Medical and sanitary report of the native army of Madras for the year
Year: 1878
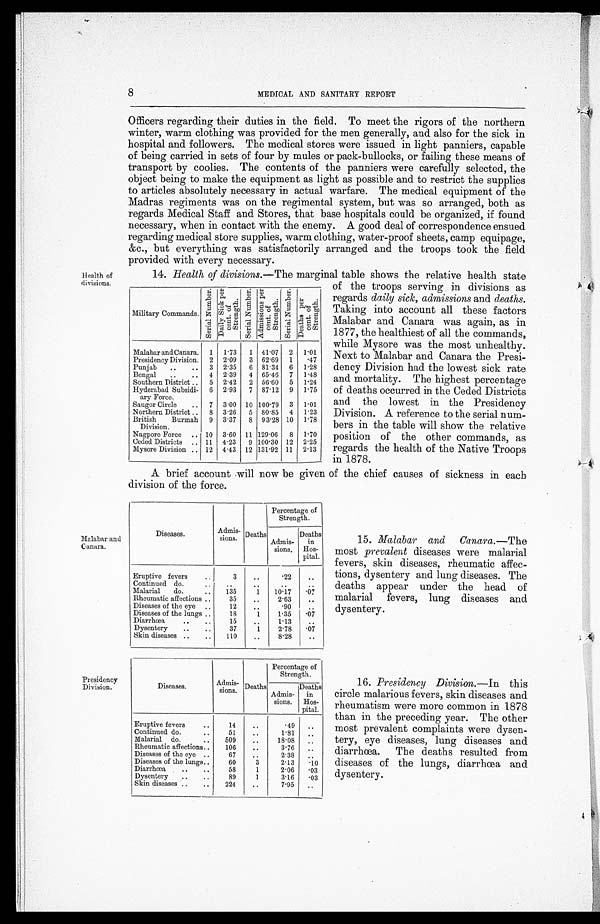
8
MEDICAL AND SANITARY REPORT
i4
O Officers regarding their duties in the field. To meet the rigors of the northern
winter, warm clothing was provided for the men generally, and also for the sick in
hospital and followers. The medical stores were issued in light panniers, capable
of being carried in sets of four by mules or pack-bullocks, or failing these means of
transport by coolies. The contents of the panniers were carefully selected, the
object being to make the equipment as light as possible and to restrict the supplies
to articles absolutely necessary in actual warfare. The medical equipment of the
Madras regiments was on the regimental system, but was so arranged, both as
regards Medical Staff and Stores, that base hospitals could be organized, if found
necessary, when in contact with the enemy. A good deal of correspondence ensued
regarding medical store supplies, warm clothing, water-proof sheets, camp equipage,
&c., but everything was satisfactorily arranged and the troops took the field
provided with every necessary.
14. Health of divisions.—The marginal table shows the relative health state
of the troops serving in divisions as
regards daily sick, admissions and deaths.
Taking into account all these factors
Malabar and Canara was again, as in
1877, the healthiest of all the commands,
while Mysore was the most unhealthy.
Next to Malabar and Canara the Presi-
dency Division had the lowest sick rate
and mortality. The highest percentage
of deaths occurred in the Ceded Districts
and the lowest in the Presidency
Division. A reference to the serial num-
bers in the table will show the relative
position of the other commands, as
regards the health of the Native Troops
in 1878.
A brief account will now be given of the chief causes of sickness in each
division of the force.
Military Commands.
S e r i a l N u m b e r .
D a i l y S i c k p e r c e n t . o f S t r e n g t h .
s e r i a l N u m b e r .
A d m i s s i o n s p e r c e n t . o f S t r e n g t h .
S e r i a l N u m b e r . D e a t h s p e r c e n t . o f S t r e n g t h .
Malabar and. Canara. 1 1 . 73
1 41.07 2 1.01
Presidency Division. 2 2 . 09
3 62.69 1
.47
Punjab
..
.. 3 2 . 35
6 81 . 34 6 1.28
Bengal
..
.. 4 2 . 39
4 65 . 46 7 1.48
Southern District .. 5 2 .42
2 56 . 60 5 1.24
Hyderabad Subsidi-
ary Force.
6 2 . 93
7 87 . 12 9 1.75
Saugor Circle
.. 7 3 . 00 10 100 . 79 3 1.01
Northern District .. 8 3 . 26
5 80 . 85 4 1.23
British
Burmah 9 3.37
8 93.28 10 1.78
Division.
Nagpore Force .. 10 3 . 60 11 129 . 06 8 1.70
Ceded Districts .. 11 4 . 23
9 100.30 12 2.25
Mysore Division .. 12 4 .43 12 131 . 92 11 2.13
divisions.
Diseases.
Admis-
sions. Deaths
Percentage of
Strength.
Admis-
sions.
Deaths
in
Hos-
pital.
Eruptive fevers
3
..
. 2 2 ..
Continued do.
...
..
. .
. .
. .
Malarial do.
...
135
1
10.17
.07
Rheumatic affections ..
35
..
2.63
..
Diseases of the eye ..
12
..
. 9 0
Diseases of the lungs ..
18
1 1.35
.07
Diarrhœa
..
..
15
..
1.13
..
Dysentery
..
..
37
1 2.78
.07
Skin diseases . . ..
110
. .
8.28
..
Diseases.
Admis-
sions. Deaths
Percentage of
Strength.
Admis-
sions.
Deaths
in
Hos-
pital.
Eruptive fevers
..
14
..
.49
..
Continued do...
..
1.81
. .
Malarial do.
..
509
..
18.08
. .
Rheumatic affections..
106
..
3.76
..
Diseases of the eye ..
67
.
2.38
. .
Diseases of the lungs..
60
3 .
2.13
. 1 0
Diarrhœa
..
..
58
1
2.06
. 0 3
Dysentery..,
89
1
3.16
. 0 3
Skin diseases ..
..
224
..
7.95
..
15. Malabar and Canara.—The
most prevalent diseases were malarial
fevers, skin diseases, rheumatic affec-
tions, dysentery and lung diseases. The
deaths appear under the head of
malarial fevers, lung diseases and
dysentery.
16. Presidency Division.—In this
circle malarious fevers, skin diseases and
rheumatism were more common in 1878
than in the preceding year. The other
most prevalent complaints were dysen-
tery, eye diseases, lung diseases and
diarrhoea. The deaths resulted from
diseases of the lungs, diarrhœa and
dysentery.
Malabar and
C anara.
Presidency
Division.